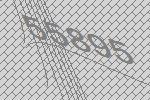
55895